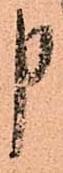
申